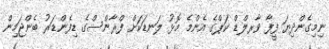
ނިމިގެންދިޔަ ފީފާ ވާރލްޑް ކަޕްގެ އެންމެ މޮޅު ލަނޑަކަށް ފްރާންސްގެ ޑިފެންޑަރު ބެންޖަމިން